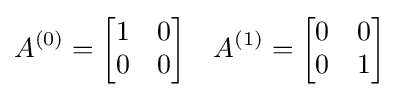
A^{(0)}={\begin{bmatrix}1&0\\0&0\end{bmatrix}}\quad A^{(1)}={\begin{bmatrix}0&0\\0&1\end{bmatrix}}